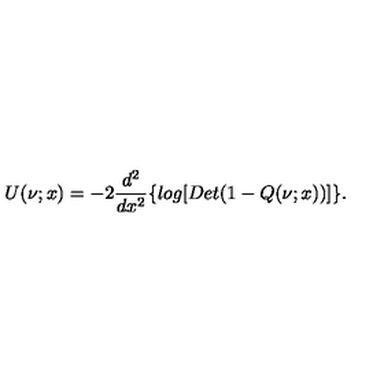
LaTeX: U ( \nu ; x ) = - 2 \frac { d ^ { 2 } } { d x ^ { 2 } } \{ l o g [ D e t ( 1 - Q ( \nu ; x ) ) ] \} .